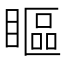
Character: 瞘